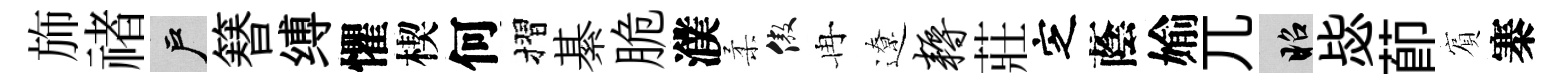
斾禇户簮缚懼楔何摺綦脆濮柔傲冉遼耨莊㝎蔭媮兀昭毖莭賔寨